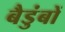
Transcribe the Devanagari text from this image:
बैडुंबों